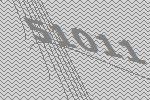
51011